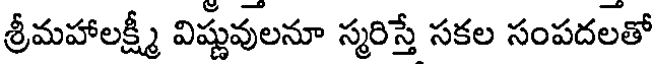
శ్రీమహాలక్ష్మీ విష్ణువులనూ స్మరిస్తే సకల సంపదలతో